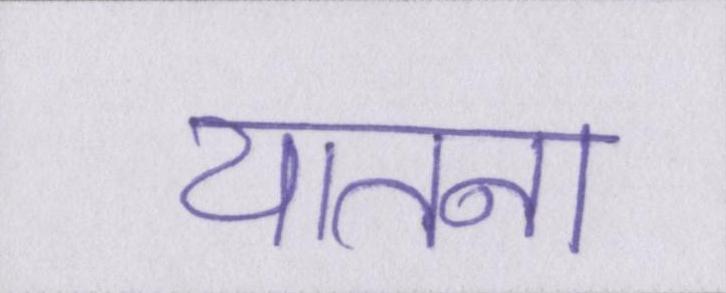
यातना